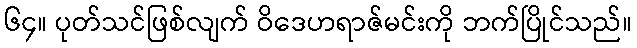
၆၄။ ပုတ်သင်ဖြစ်လျက် ဝိဒေဟရာဇ်မင်းကို ဘက်ပြိုင်သည်။